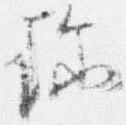
珎